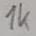
Text: 1K